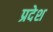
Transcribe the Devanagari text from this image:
प्रदेश